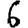
Digit: 6